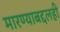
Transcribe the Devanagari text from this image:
मारण्याबद्दलही